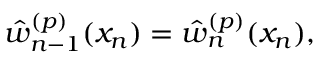
\hat { w } _ { n - 1 } ^ { ( p ) } ( x _ { n } ) = \hat { w } _ { n } ^ { ( p ) } ( x _ { n } ) ,